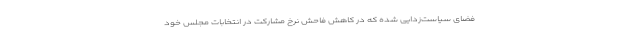
فضای سیاست‌زدایی شده که در کاهش فاحش نرخ مشارکت در انتخابات مجلس خود